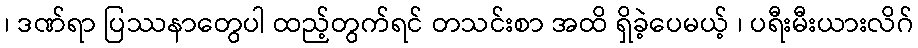
၊ ဒဏ်ရာ ပြဿနာတွေပါ ထည့်တွက်ရင် တသင်းစာ အထိ ရှိခဲ့ပေမယ့် ၊ ပရီးမီးယားလိဂ်